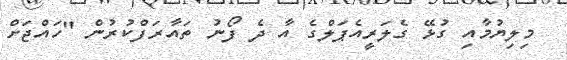
މިލިޔުމާއި ގުޅޭ ގެލަރީއެޕަލްގެ އާ ދެ ފޯނު ތައާރަފްކުރުން "ހައްޖަށް